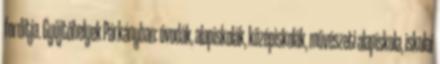
fordítja. Gyűjtőhelyek Párkányban: óvodák, alapiskolák, középiskolák, művészeti alapiskola, iskolai